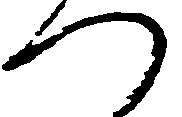
つ